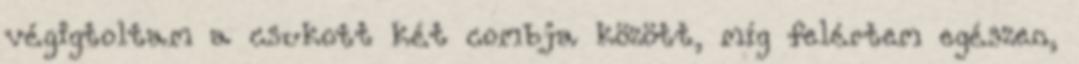
végigtoltam a csukott két combja között, míg felértem egészen,